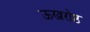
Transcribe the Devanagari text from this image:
ऊखरोष्ठ